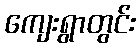
ကျေးရွာတွင်း